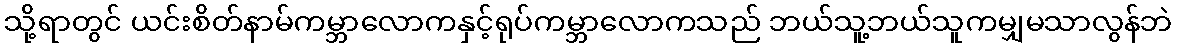
သို့ရာတွင် ယင်းစိတ်နာမ်ကမ္ဘာလောကနှင့်ရုပ်ကမ္ဘာလောကသည် ဘယ်သူ့ဘယ်သူကမျှမသာလွန်ဘဲ